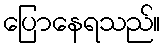
ပြောနေရသည်။